Medical and sanitary report of the native army of Madras for the year
Year: 1875
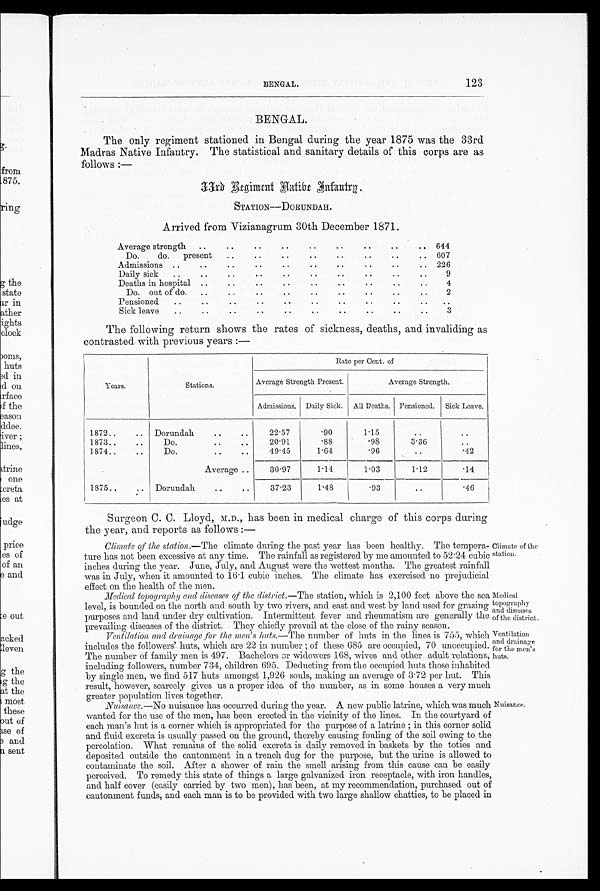
BENGAL.
123
Medical
topography
and diseases
of the district.
Ventilation
and drainage
for the men's
huts.
BENGAL.
The only regiment stationed in Bengal during the year 1875 was the 33rd
Madras Native Infantry. The statistical and sanitary details of this corps are as
follows :—
3 3 r d R e g i m e n t H a t i b e I n f a n t r y .
STATION—DORUNDAH.
Arrived from Vizianagrum 30th December 1871.
Average strength ..
. .
. .
. .
. .
. .
. .
..
.. 644
D o .
d o . p r e s e n t
..
. .
. .
. .
. .
..
. . .. 607
Admissions ..
..
..
..
..
. .
. .
..
..
.. 226
Daily sick ..
..
. . ..
..
..
..
. . ..
..
9
Deaths in hospital . .
. .
. .
. .
. .
. .
..
. . . .
4
Do. out of do. ..
..
..
. .
. .
. .
. .
. .
. .
2
Pensioned
..
..
. . ..
..
..
..
..
..
. . ..
Sick leave ..
..
..
..
..
..
..
..
..
..
3
The following return shows the rates of sickness, deaths, and invaliding as
contrasted with previous years :—
Years.
Stations.
Rate per Cent. of
Average Strength Present.
Average Strength.
Admissions. Daily Sick. All Deaths. Pensioned. Sick Leave.
1872..
..
1873..
..
1874..
..
Dorundah
..
..
Do.
.. ..
Do.
..
..
22.57
20.91
49.45
.90
.88
1.64
1.15
.98
.96
. .
3.36 . .
.. . .
.42
Average..
30. 97
1.14
1.03
1.12
.14
1875..
.. Dorundah
..
..
37.23
1.48
. 9 3
..
.46
Surgeon C. C. Lloyd, M.D., has been in medical charge of this corps during
the year, and reports as follows :—
Climate of the station.—The climate during the past year has been healthy. The tempera-
ture has not been excessive at any time. The rainfall as registered by me amounted to 52.24 cubic
inches during the year. June, July, and August were the wettest months. The greatest rainfall
was in July, when it amounted to 16.1 cubic inches. The climate has exercised no prejudicial
effect on the health of the men.
Medical topography and diseases of the district.— The station, which is 2,100 feet above the sea
level, is bounded on the north and south by two rivers, and east and west by land used for grazing
purposes and land under dry cultivation. Intermittent fever and rheumatism are generally the
prevailing diseases of the district. They chiefly prevail at the close of the rainy season.
Ventilation and drainage for the men's huts.—The number of huts the lines is 755, which
includes the followers' huts, which are 22 in number ; of these 685 are occupied, 70 unoccupied.
The number of family men is 497. Bachelors or widowers 168, wives and other adult relations,
including followers, number 734, children 695. Deducting from the occupied huts those inhabited
by single men, we find 517 huts amongst 1,926 souls, making an average of 3.72 per hut. This
result, however, scarcely gives us a proper idea of the number, as in some houses a very much
greater population lives together.
Nuisance.—No nuisance has occurred during the year. A new public latrine, which was much
wanted for the use of the men, has been erected in the vicinity of the lines. In the courtyard of
each man's hut is a corner which is appropriated for the purpose of a latrine ; in this corner solid
and fluid excreta is usually passed on the ground, thereby causing fouling of the soil owing to the
percolation. What remains of the solid excreta is daily removed in baskets by the toties and
deposited outside the cantonment in a trench dug for the purpose, but the urine is allowed to
contaminate the soil. After a shower of rain the smell arising from this cause can be easily
perceived. To remedy this state of things a large galvanized iron receptacle, with iron handles,
and half cover (easily carried by two men), has been, at my recommendation, purchased out of
cantonment funds, and each man is to be provided with two large shallow chatties, to be placed in
Climate of the
station.
Nuisance.